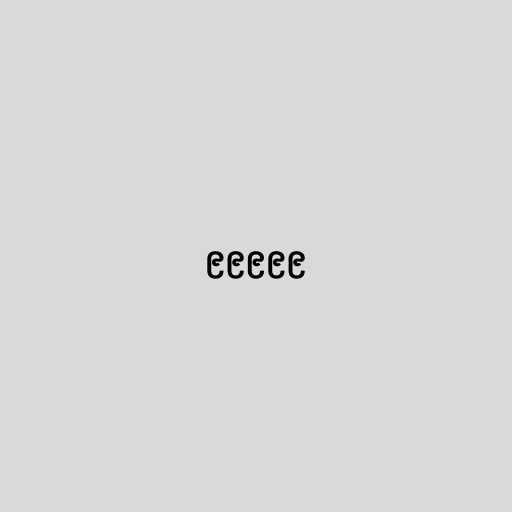
၉၉၉၉၉